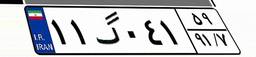
۴۶گ۴۰۵۵۳